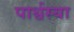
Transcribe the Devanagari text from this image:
पार्श्वस्या